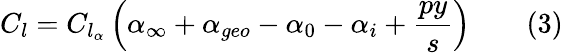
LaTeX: C_{l}=C_{l_{\alpha}}\left(\alpha_{\infty}+\alpha_{geo}-\alpha_{0}-\alpha_{i}+{\frac{py}{s}}\right)\qquad(3)